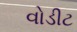
વોડીટ